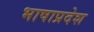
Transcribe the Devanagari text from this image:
भाषाप्रदेश